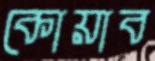
কোয়াব